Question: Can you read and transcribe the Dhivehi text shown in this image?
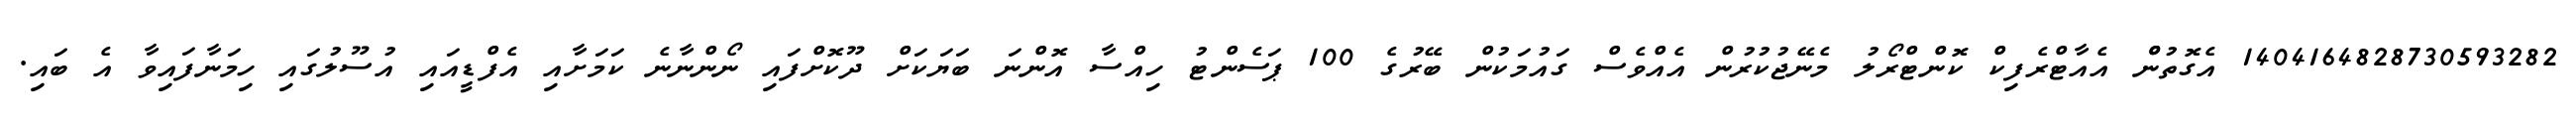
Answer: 1404164828730593282 އެގޮތުންް އެއާޓްރެފިކް ކޮންޓްރޯލު މެނޭޖުކުރުން އެއްވެސް ގައުމަކުން ބޭރުގެ 100 ޕަސެންޓު ހިއްސާ އޮންނަ ބަޔަކަށް ދޫކޮށްފައި ނޯންނާނެ ކަމަށާއި އެފްޑީއައި އުސޫލުގައި ހިމަނާފައިވާ އެ ބައި.